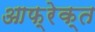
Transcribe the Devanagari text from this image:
आफ्रेक्त